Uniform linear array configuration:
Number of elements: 48
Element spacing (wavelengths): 0.25
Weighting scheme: blackman
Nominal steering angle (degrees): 60
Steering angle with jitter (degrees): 58.603
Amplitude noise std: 0.05
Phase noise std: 0.05

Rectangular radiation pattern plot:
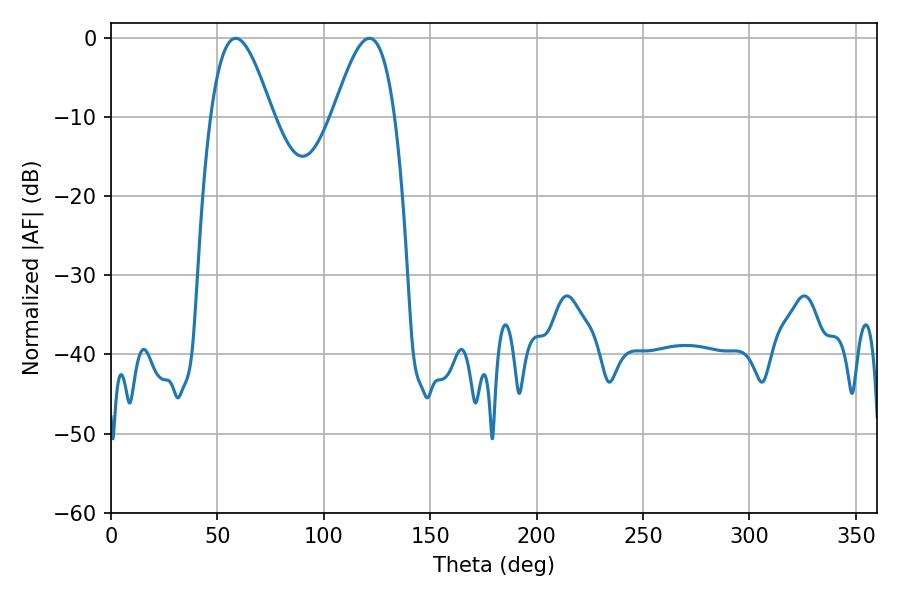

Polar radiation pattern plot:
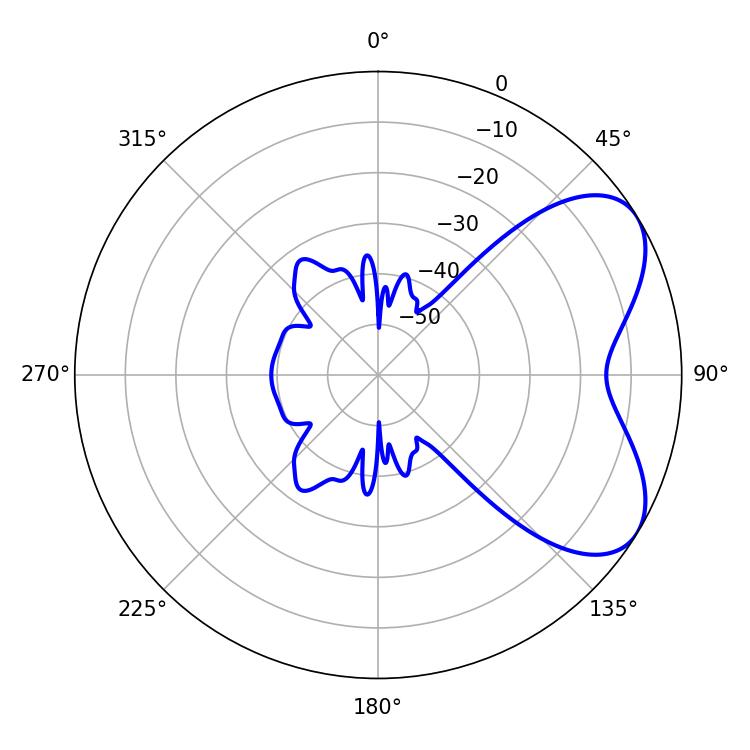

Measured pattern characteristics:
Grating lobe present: FALSE
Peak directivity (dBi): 5.786
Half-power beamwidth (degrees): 15.66
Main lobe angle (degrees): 58.5